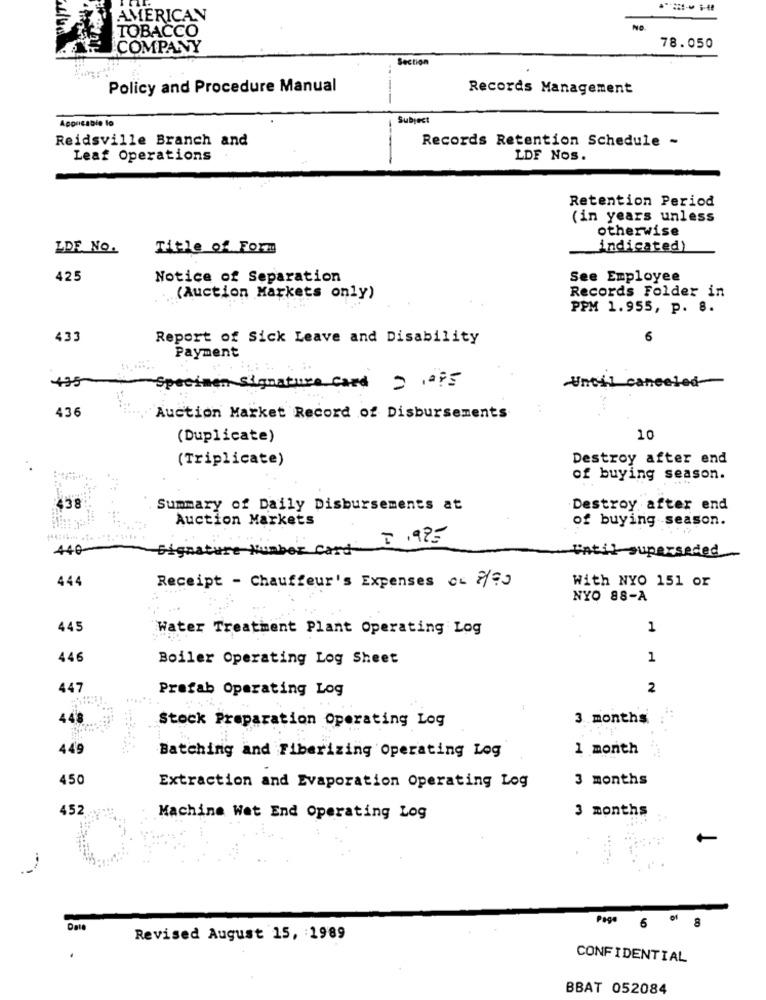
AMERICAN
TOBACCO
NO
COMPANY
78.050
Section
Policy and Procedure Manual
Records Management
Subject
Reidsville Branch and
Records Retention Schedule -
Leaf Operations
LDF Nos.
Retention Period
(in years unless
otherwise
LDF No.
Title of Form
indicated)
425
Notice of Separation
See Employee
Records Folder in
(Auction Markets only)
PPM 1.955, p. 8.
433
Report of Sick Leave and Disability
Payment
Until canceled
Specimen Signature Card 2 ,275
436
Auction Market Record of Disbursements
(Duplicate)
10
(Triplicate)
Destroy after end
of buying season.
458
Summary of Daily Disbursements at
Destroy after end
Auction Markets
of buying season.
7 .995
440
Signature Number Card
Until superseded
444
Receipt - Chauffeur's Expenses 0 2/73
With NYO 151 or
NYO 88-A
445
Water Treatment Plant Operating Log
1
446
Boiler Operating Log Sheet
1
447
Prefab Operating Log
2
448
Stock Preparation Operating Log
3 months
449
1 month
Batching and Fiberizing Operating Log
450
3 months
Extraction and Evaporation Operating Log
452
3 months
Machine Wet End Operating Log
Page 6 0 8
Date
Revised August 15, 1989
CONFIDENTIAL
BBAT 052084